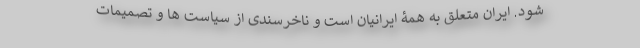
شود. ایران متعلق به همۀ ایرانیان است و ناخرسندی از سیاست ها و تصمیمات